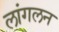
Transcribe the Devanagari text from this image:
लांगलन